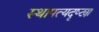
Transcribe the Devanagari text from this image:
स्थापत्यदृष्ट्या